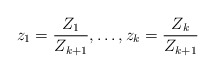
\begin{align*}z_1 = \frac{Z_1}{Z_{k+1}}, \ldots, z_k = \frac{Z_k}{Z_{k+1}}\end{align*}